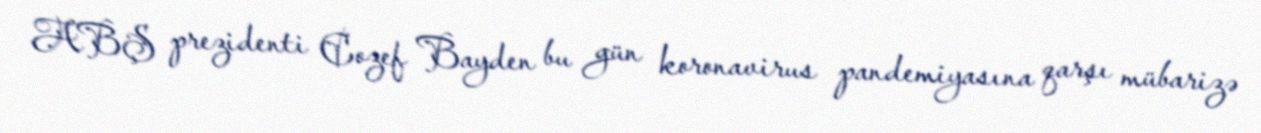
ABŞ prezidenti Cozef Bayden bu gün koronavirus pandemiyasına qarşı mübarizə